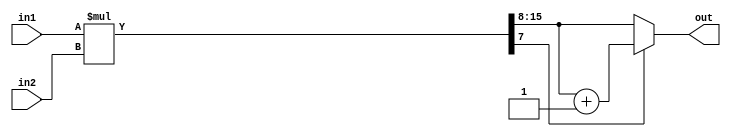
module fixedpoint(
	input [7:0] in1,// integer[7:5], decimal[4:0]
	input [7:0] in2,// integer[7:5], decimal[4:0]
	output reg [7:0] out// integer[7:2], decimal[1:0]
);

wire [15:0] raw_result=in1*in2;
always@(*)begin
	out=(raw_result[7])?raw_result[15:8]+8'b1:raw_result[15:8];
end
 

endmodule